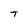
Character: t